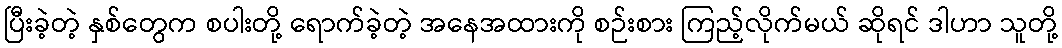
ပြီးခဲ့တဲ့ နှစ်တွေက စပါးတို့ ရောက်ခဲ့တဲ့ အနေအထားကို စဉ်းစား ကြည့်လိုက်မယ် ဆိုရင် ဒါဟာ သူတို့